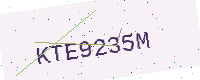
Text: KTE9235M